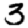
Digit: 3